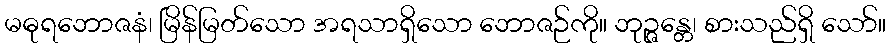
မဓုရဘောဇနံ၊ မြိန်မြတ်သော အရသာရှိသော ဘောဇဉ်ကို။ ဘုဉ္ဇန္တေ၊ စားသည်ရှိ သော်။